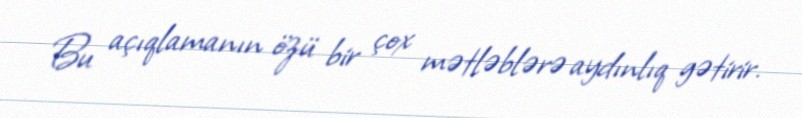
Bu açıqlamanın özü bir çox mətləblərə aydınlıq gətirir.